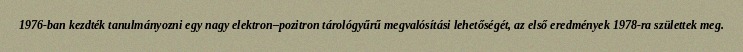
1976-ban kezdték tanulmányozni egy nagy elektron–pozitron tárológyűrű megvalósítási lehetőségét, az első eredmények 1978-ra születtek meg.